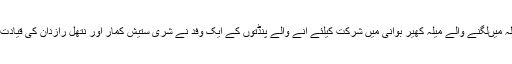
کشمیر میڈیاسروس کے مطابق ضلع گاندر بل کے علاقے تولہ مولہ میںلگنے والے میلہ کھیر بوانی میں شرکت کیلئے آنے والے پنڈتوں کے ایک وفد نے شری ستیش کمار اور نتھل رازدان کی قیادت میں میر واعظ سے سرینگر میں ان کی رہائش گاہ پر ملاقات کی۔